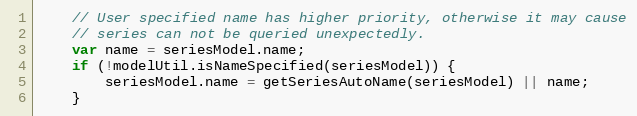
Language: JavaScript
    // User specified name has higher priority, otherwise it may cause
    // series can not be queried unexpectedly.
    var name = seriesModel.name;
    if (!modelUtil.isNameSpecified(seriesModel)) {
        seriesModel.name = getSeriesAutoName(seriesModel) || name;
    }